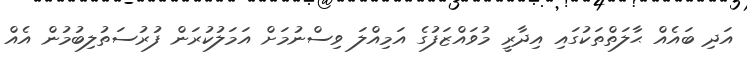
އަދި ބައެއް ޙާލަތްތަކުގައި އިދާރީ މުވައްޒަފުގެ އަމިއްލަ ވިސްނުމަށް އަމަލުކުރަން ފުރުސަތުލިބުމުން އެއް